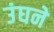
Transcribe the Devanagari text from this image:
उंघने